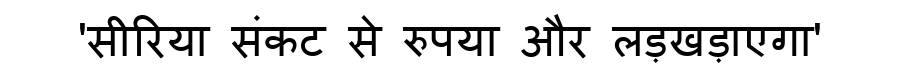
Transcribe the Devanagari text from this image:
'सीरिया संकट से रुपया और लड़खड़ाएगा'